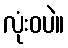
လုံးဝပဲ။